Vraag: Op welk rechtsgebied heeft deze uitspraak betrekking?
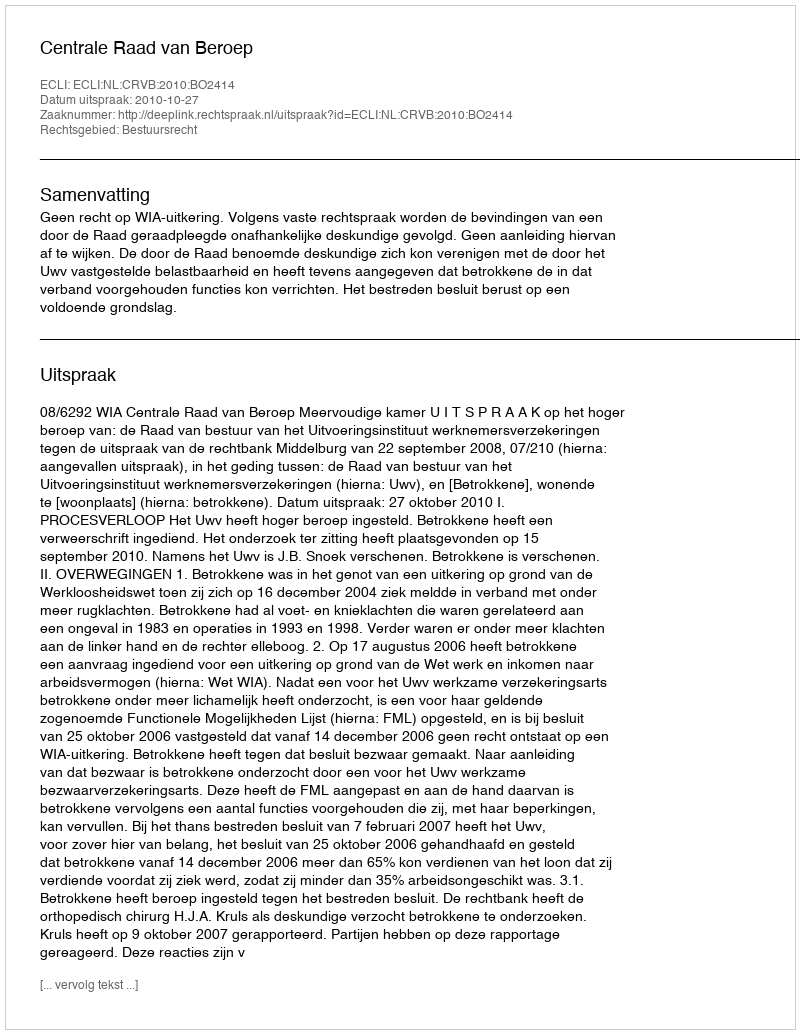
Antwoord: Bestuursrecht